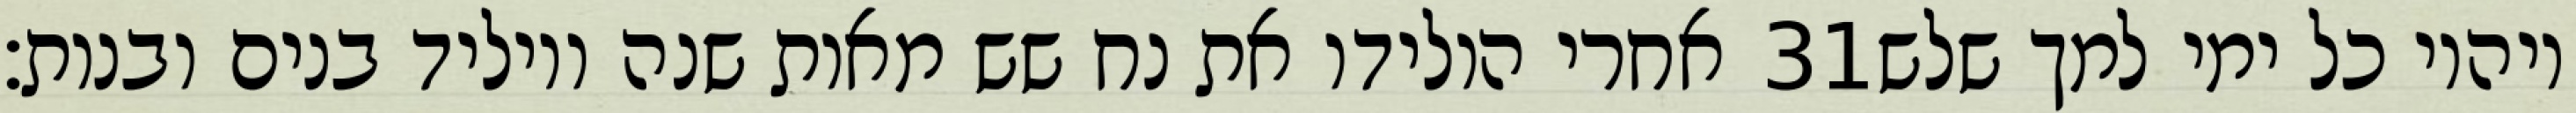
אחרי הולידו את נח שש מאות שנה ויוליד בנים ובנות׃ ‎31‏ ויהיו כל ימי למך שלש